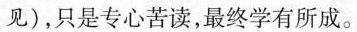
见)，只是专心苦读，最终学有所成。